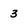
Character: 3